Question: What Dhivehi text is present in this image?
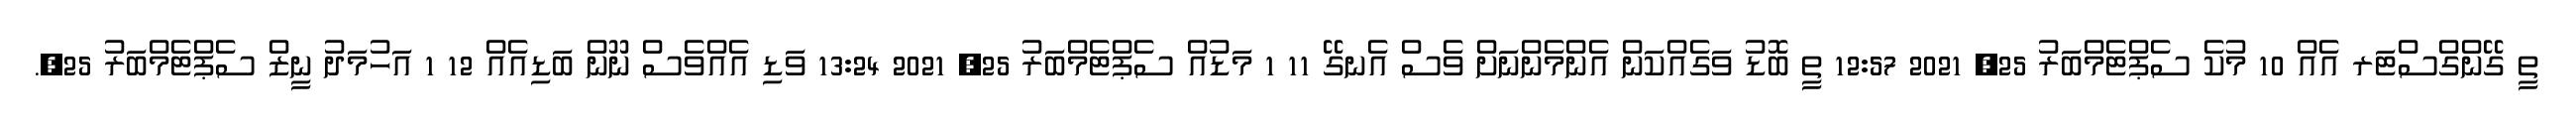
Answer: ތީ ގޭންގްސްޓަރ އެއް 10 މުކެ ސެޕްޓެމްބަރު 25, 2021 12:57 ތީ ބޮޑު ވަގެއްކަން އެންމެންނަށް ވެސް އެނގޭ 11 1 މަޑުއް ސެޕްޓެމްބަރު 25, 2021 13:24 ވަޑި އެއްވެސް ނޫން ބަޑިއެއް 12 1 އަހުމަދު ނީޒް ސެޕްޓެމްބަރު 25,.